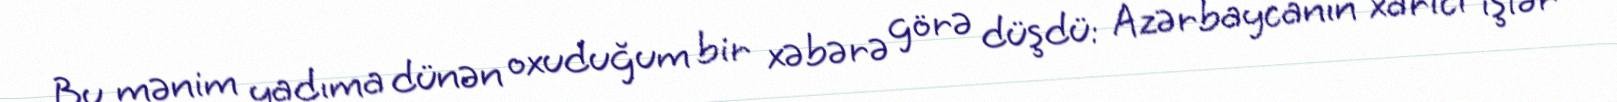
Bu mənim yadıma dünən oxuduğum bir xəbərə görə düşdü: Azərbaycanın xarici işlər